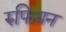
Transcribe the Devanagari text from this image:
रुफियन